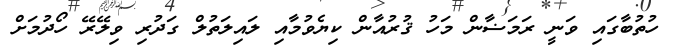
ހުތުބާގައި ވަނީ ރަމަޟާން މަހު ޤުރުއާން ކިޔެވުމާއި ލައިލަތުލް ގަދުރި ވިލޭރޭ ހޯދުމަށް